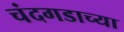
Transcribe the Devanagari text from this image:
चंदगडाच्या